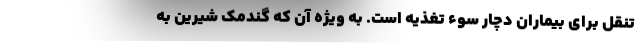
تنقل برای بیماران دچار سوء تغذیه است. به ویژه آن که گندمک شیرین به